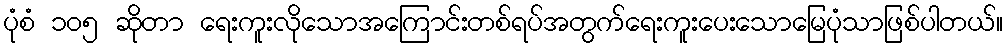
ပုံစံ ၁၀၅ ဆိုတာ ရေးကူးလိုသောအကြောင်းတစ်ရပ်အတွက်ရေးကူးပေးသောမြေပုံသာဖြစ်ပါတယ်။